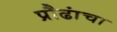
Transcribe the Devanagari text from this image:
प्रौढांचा